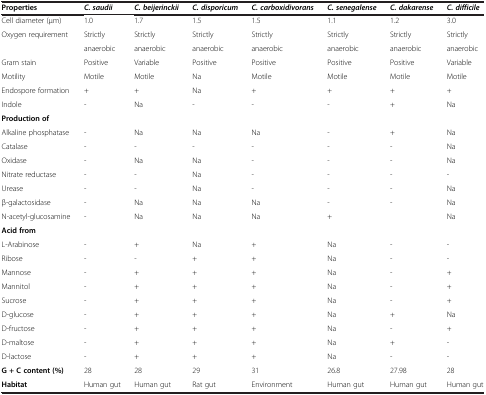
<table><thead><tr><td><b>Properties</b></td><td><b><i>C. saudii</i></b></td><td><b><i>C. beijerinckii</i></b></td><td><b><i>C. disporicum</i></b></td><td><b><i>C. carboxidivorans</i></b></td><td><b><i>C. senegalense</i></b></td><td><b><i>C. dakarense</i></b></td><td><b><i>C. difficile</i></b></td></tr></thead><tbody><tr><td>Cell diameter (μm)</td><td>1.0</td><td>1.7</td><td>1.5</td><td>1.5</td><td>1.1</td><td>1.2</td><td>3.0</td></tr><tr><td rowspan="2">Oxygen requirement</td><td>Strictly</td><td>Strictly</td><td>Strictly</td><td>Strictly</td><td>Strictly</td><td>Strictly</td><td>Strictly</td></tr><tr><td>anaerobic</td><td>anaerobic</td><td>anaerobic</td><td>anaerobic</td><td>anaerobic</td><td>anaerobic</td><td>anaerobic</td></tr><tr><td>Gram stain</td><td>Positive</td><td>Variable</td><td>Positive</td><td>Positive</td><td>Positive</td><td>Positive</td><td>Variable</td></tr><tr><td>Motility</td><td>Motile</td><td>Motile</td><td>Na</td><td>Motile</td><td>Motile</td><td>Motile</td><td>Motile</td></tr><tr><td>Endospore formation</td><td>+</td><td>+</td><td>Na</td><td>+</td><td>+</td><td>+</td><td>+</td></tr><tr><td>Indole</td><td>-</td><td>Na</td><td>-</td><td>-</td><td>-</td><td>+</td><td>Na</td></tr><tr><td><b>Production of</b></td><td> </td><td> </td><td> </td><td> </td><td> </td><td> </td><td> </td></tr><tr><td>Alkaline phosphatase</td><td>-</td><td>Na</td><td>Na</td><td>Na</td><td>-</td><td>+</td><td>Na</td></tr><tr><td>Catalase</td><td>-</td><td>-</td><td>-</td><td>-</td><td>-</td><td>-</td><td>Na</td></tr><tr><td>Oxidase</td><td>-</td><td>Na</td><td>Na</td><td>-</td><td>-</td><td>-</td><td>Na</td></tr><tr><td>Nitrate reductase</td><td>-</td><td>-</td><td>Na</td><td>-</td><td>-</td><td>-</td><td>-</td></tr><tr><td>Urease</td><td>-</td><td>-</td><td>Na</td><td>-</td><td>-</td><td>-</td><td>Na</td></tr><tr><td>β-galactosidase</td><td>-</td><td>Na</td><td>Na</td><td>Na</td><td>-</td><td>-</td><td>Na</td></tr><tr><td>N-acetyl-glucosamine</td><td>-</td><td>Na</td><td>Na</td><td>Na</td><td>+</td><td> </td><td>Na</td></tr><tr><td><b>Acid from</b></td><td> </td><td> </td><td> </td><td> </td><td> </td><td> </td><td> </td></tr><tr><td>L-Arabinose</td><td>-</td><td>+</td><td>Na</td><td>+</td><td>Na</td><td>-</td><td>-</td></tr><tr><td>Ribose</td><td>-</td><td>-</td><td>+</td><td>+</td><td>Na</td><td>-</td><td>-</td></tr><tr><td>Mannose</td><td>-</td><td>+</td><td>+</td><td>+</td><td>Na</td><td>-</td><td>+</td></tr><tr><td>Mannitol</td><td>-</td><td>+</td><td>+</td><td>+</td><td>Na</td><td>-</td><td>+</td></tr><tr><td>Sucrose</td><td>-</td><td>+</td><td>+</td><td>+</td><td>Na</td><td>-</td><td>+</td></tr><tr><td>D-glucose</td><td>-</td><td>+</td><td>+</td><td>+</td><td>Na</td><td>+</td><td>Na</td></tr><tr><td>D-fructose</td><td>-</td><td>+</td><td>+</td><td>+</td><td>Na</td><td>-</td><td>+</td></tr><tr><td>D-maltose</td><td>-</td><td>+</td><td>+</td><td>+</td><td>Na</td><td>+</td><td>-</td></tr><tr><td>D-lactose</td><td>-</td><td>+</td><td>+</td><td>+</td><td>Na</td><td>-</td><td>-</td></tr><tr><td><b>G + C content (%)</b></td><td>28</td><td>28</td><td>29</td><td>31</td><td>26.8</td><td>27.98</td><td>28</td></tr><tr><td><b>Habitat</b></td><td>Human gut</td><td>Human gut</td><td>Rat gut</td><td>Environment</td><td>Human gut</td><td>Human gut</td><td>Human gut</td></tr></tbody></table>